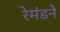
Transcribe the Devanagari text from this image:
रेमंडने